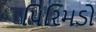
પિરિમડો